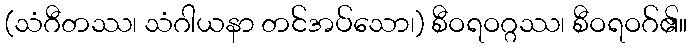
(သံဂီတဿ၊ သံဂါယနာ တင်အပ်သော၊) စီဝရဝဂ္ဂဿ၊ စီဝရဝဂ်၏။